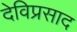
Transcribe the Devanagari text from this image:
देविप्रसाद